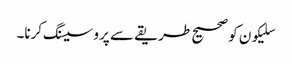
سلیکون کو صحیح طریقے سے پروسیسنگ کرنا۔